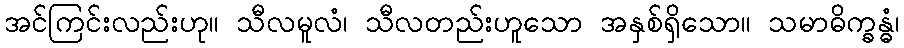
အင်ကြင်းလည်းဟု။ သီလမူလံ၊ သီလတည်းဟူသော အနှစ်ရှိသော။ သမာဓိက္ခန္ဓံ၊